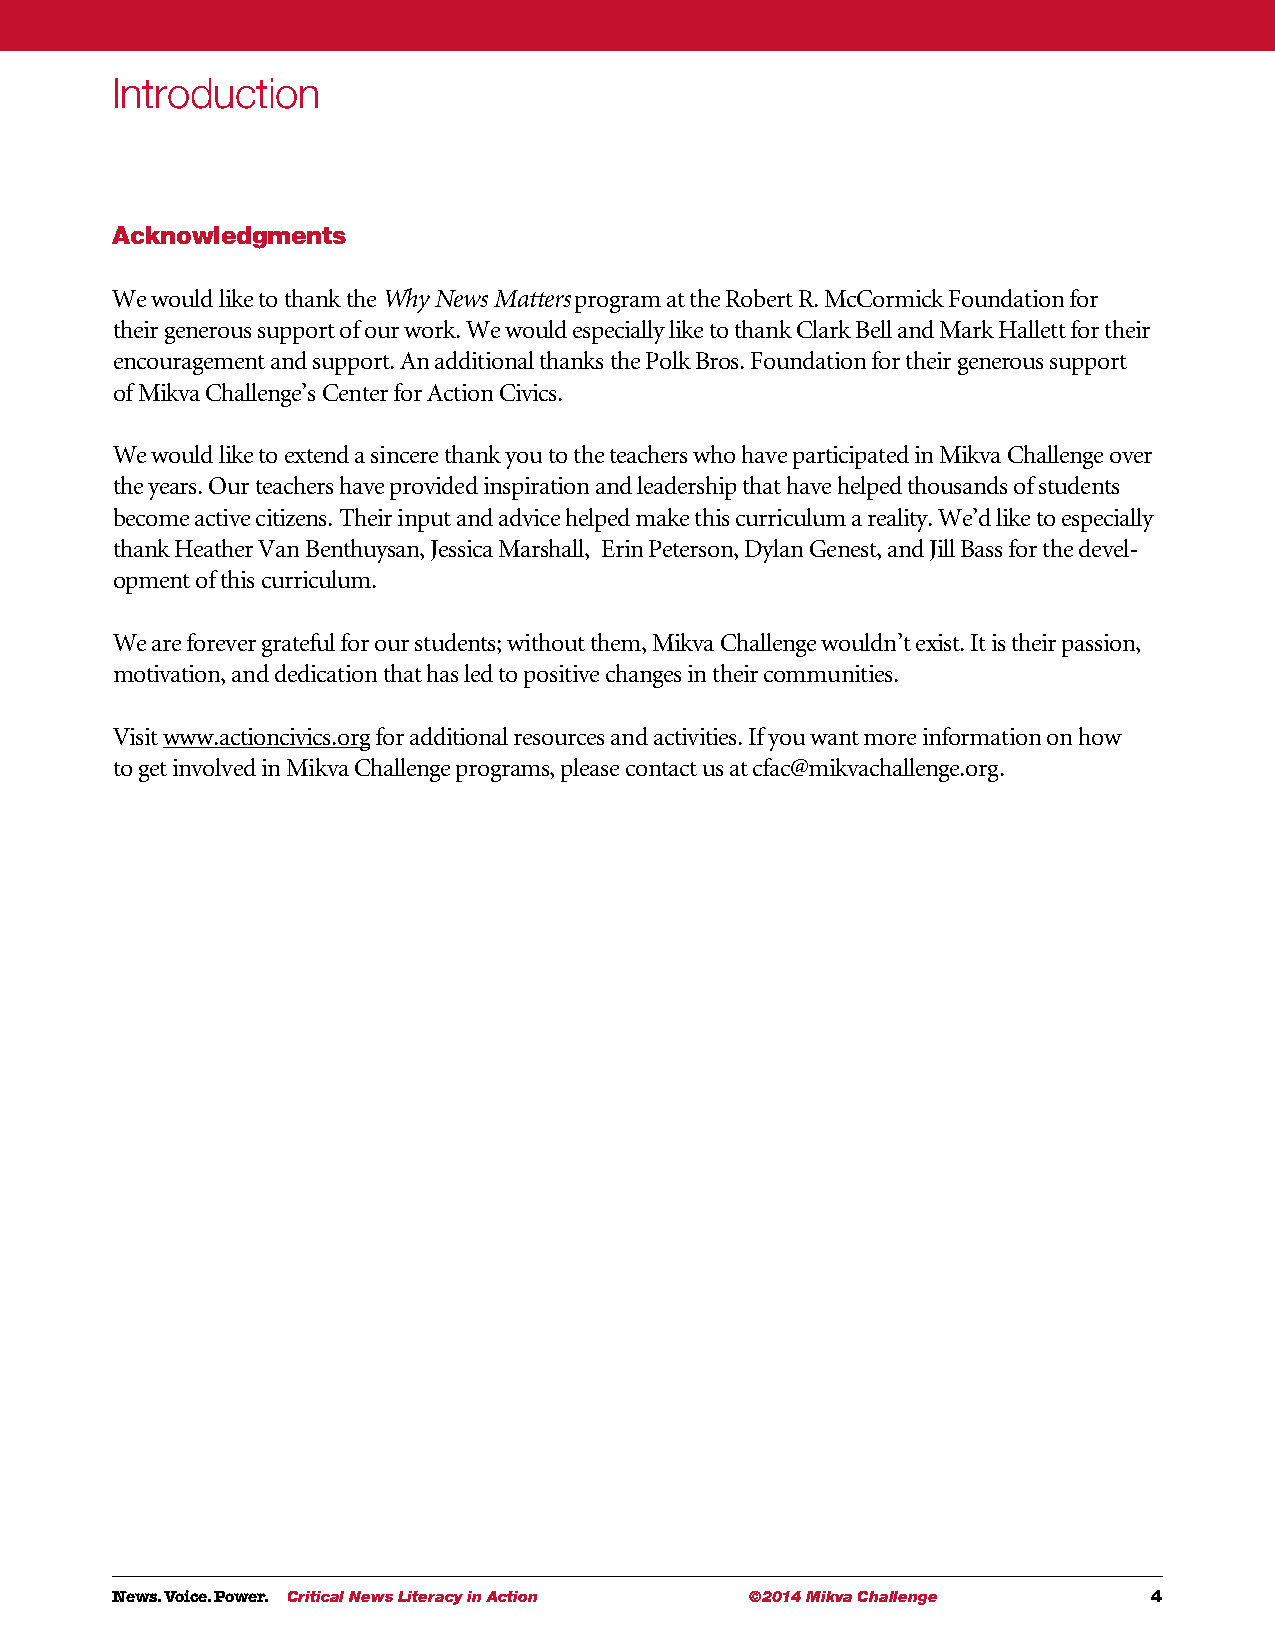
Introduction
 Acknowledgments
 We would like to thank the Why News Matters program at the Robert R. McCormick Foundation for
 their generous support of our work. We would especially like to thank Clark Bell and Mark Hallett for their
 encouragement and support. An additional thanks the Polk Bros. Foundation for their generous support
 of Mikva Challenge’s Center for Action Civics.
 We would like to extend a sincere thank you to the teachers who have participated in Mikva Challenge over
 the years. Our teachers have provided inspiration and leadership that have helped thousands of students
 become active citizens. Their input and advice helped make this curriculum a reality. We’d like to especially
 thank Heather Van Benthuysan, Jessica Marshall, Erin Peterson, Dylan Genest, and Jill Bass for the devel-
 opment of this curriculum.
 We are forever grateful for our students; without them, Mikva Challenge wouldn’t exist. It is their passion,
 motivation, and dedication that has led to positive changes in their communities.
 Visit www.actioncivics.org for additional resources and activities. If you want more information on how
 to get involved in Mikva Challenge programs, please contact us at cfac@mikvachallenge.org.
 News. Voice. Power. Critical News Literacy in Action ©2014 Mikva Challenge 4